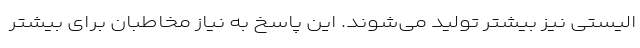
الیستی نیز بیشتر تولید می‌شوند. این پاسخ به نیاز مخاطبان برای بیشتر